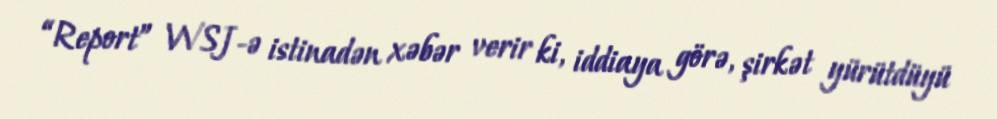
“Report” WSJ-ə istinadən xəbər verir ki, iddiaya görə, şirkət yürütdüyü